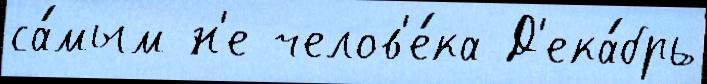
са́мым н'е челов'е́ка Д'ека́брь